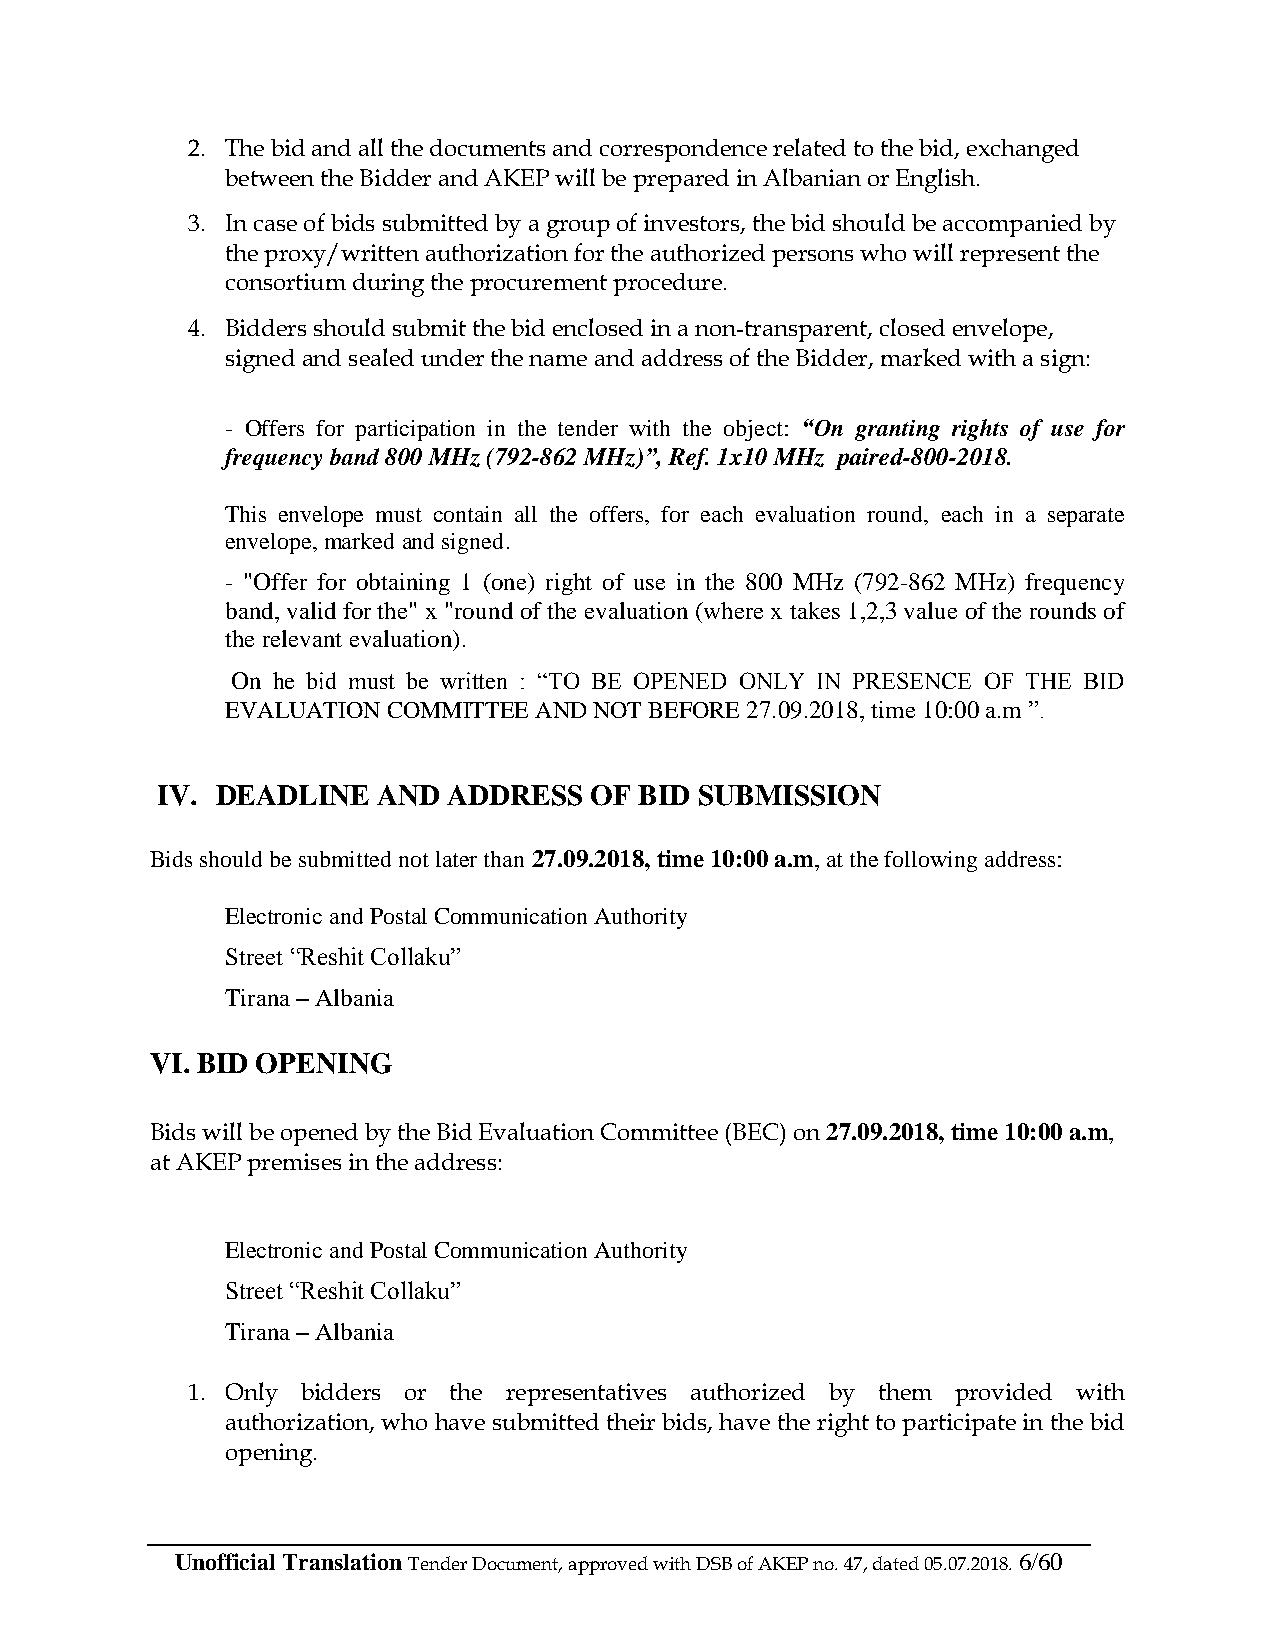
2. The bid and all the documents and correspondence related to the bid, exchanged
 between the Bidder and AKEP will be prepared in Albanian or English.
 3. In case of bids submitted by a group of investors, the bid should be accompanied by
 the proxy/written authorization for the authorized persons who will represent the
 consortium during the procurement procedure.
 4. Bidders should submit the bid enclosed in a non-transparent, closed envelope,
 signed and sealed under the name and address of the Bidder, marked with a sign:
 - Offers for participation in the tender with the object: “On granting rights of use for
 frequency band 800 MHz (792-862 MHz)”, Ref. 1x10 MHz paired-800-2018.
 This envelope must contain all the offers, for each evaluation round, each in a separate
 envelope, marked and signed.
 - "Offer for obtaining 1 (one) right of use in the 800 MHz (792-862 MHz) frequency
 band, valid for the" x "round of the evaluation (where x takes 1,2,3 value of the rounds of
 the relevant evaluation).
 On he bid must be written : “TO BE OPENED ONLY IN PRESENCE OF THE BID
 EVALUATION COMMITTEE AND NOT BEFORE 27.09.2018, time 10:00 a.m ”.
 IV. DEADLINE   AND  ADDRESS  OF BID SUBMISSION
 Bids should be submitted not later than 27.09.2018, time 10:00 a.m, at the following address:
 Electronic and Postal Communication Authority
 Street “Reshit Collaku”
 Tirana – Albania
 VI. BID OPENING
 Bids will be opened by the Bid Evaluation Committee (BEC) on 27.09.2018, time 10:00 a.m,
 at AKEP premises in the address:
 Electronic and Postal Communication Authority
 Street “Reshit Collaku”
 Tirana – Albania
 1. Only bidders or the representatives authorized by them provided with
 authorization, who have submitted their bids, have the right to participate in the bid
 opening.
 Unofficial Translation Tender Document, approved with DSB of AKEP no. 47, dated 05.07.2018. 6/60